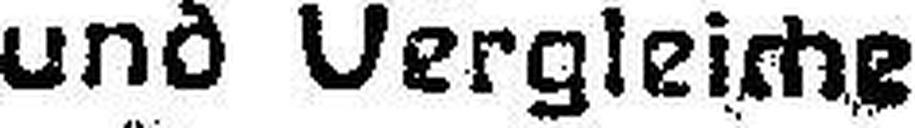
und Vergleiche